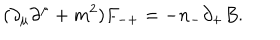
LaTeX: ( { \partial } _ { \mu } { \partial } ^ { \mu } + m ^ { 2 } ) F _ { - + } = - n _ { - } { \partial } _ { + } B .